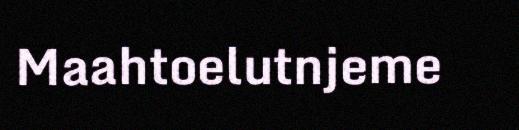
Maahtoelutnjeme